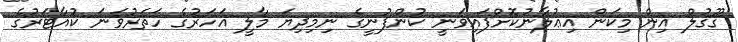
ގޫގުލް އިން މިކަން އިޢުލާނުކޮށްފައިވަނީ ކުންފުނީގެ ނިމިދިޔަ މާލީ އަހަރުގެ ހަތަރުވަނަ ކުއާޓަރުގެ